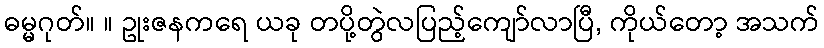
ဓမ္မဂုတ်။ ။ ဥုးဇနကရေ ယခု တပို့တွဲလပြည့်ကျော်လာပြီ, ကိုယ်တော့ အသက်